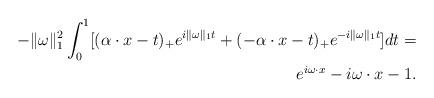
LaTeX: \begin{align*}-\|\omega\|^2_1\int_{0}^{1}[(\alpha\cdot x-t)_{+}e^{i\|\omega\|_1t}+(-\alpha\cdot x-t)_{+}e^{-i\|\omega\|_1t}]dt = & \\ e^{i\omega\cdot x}-i\omega\cdot x - 1.\end{align*}